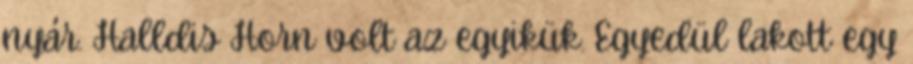
nyár. Halldis Horn volt az egyikük. Egyedül lakott egy